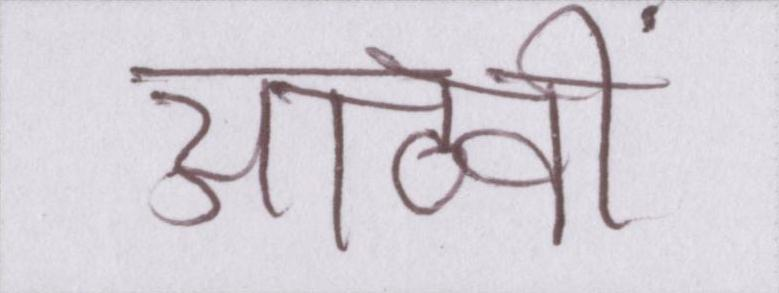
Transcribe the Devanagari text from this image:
आठवीं